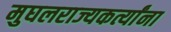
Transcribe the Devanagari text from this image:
मुघलराज्यकर्त्यांना